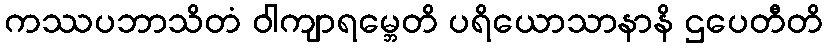
ကဿပဘာသိတံ ဝါကျာရမ္ဘေတိ ပရိယောသာနာနိ ဌပေတီတိ